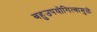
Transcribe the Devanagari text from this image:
बहुउपयोगित्वामुळे